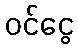
ဝင်ငွေ